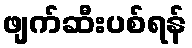
ဖျက်ဆီးပစ်ရန်